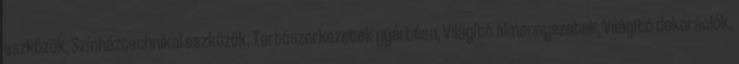
eszközök, Színháztechnikai eszközök, Tartószerkezetek gyártása, Világító álmennyezetek, Világító dekorációk,